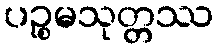
ပဉ္စမသုတ္တဿ